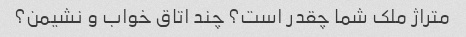
متراژ ملک شما چقدر است؟ چند اتاق خواب و نشیمن؟